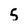
Character: 5